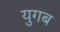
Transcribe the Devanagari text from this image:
युगब